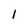
Character: l